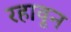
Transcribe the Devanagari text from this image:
रहावून